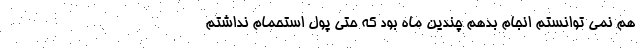
هم نمی توانستم انجام بدهم چندین ماه بود که حتی پول استحمام نداشتم